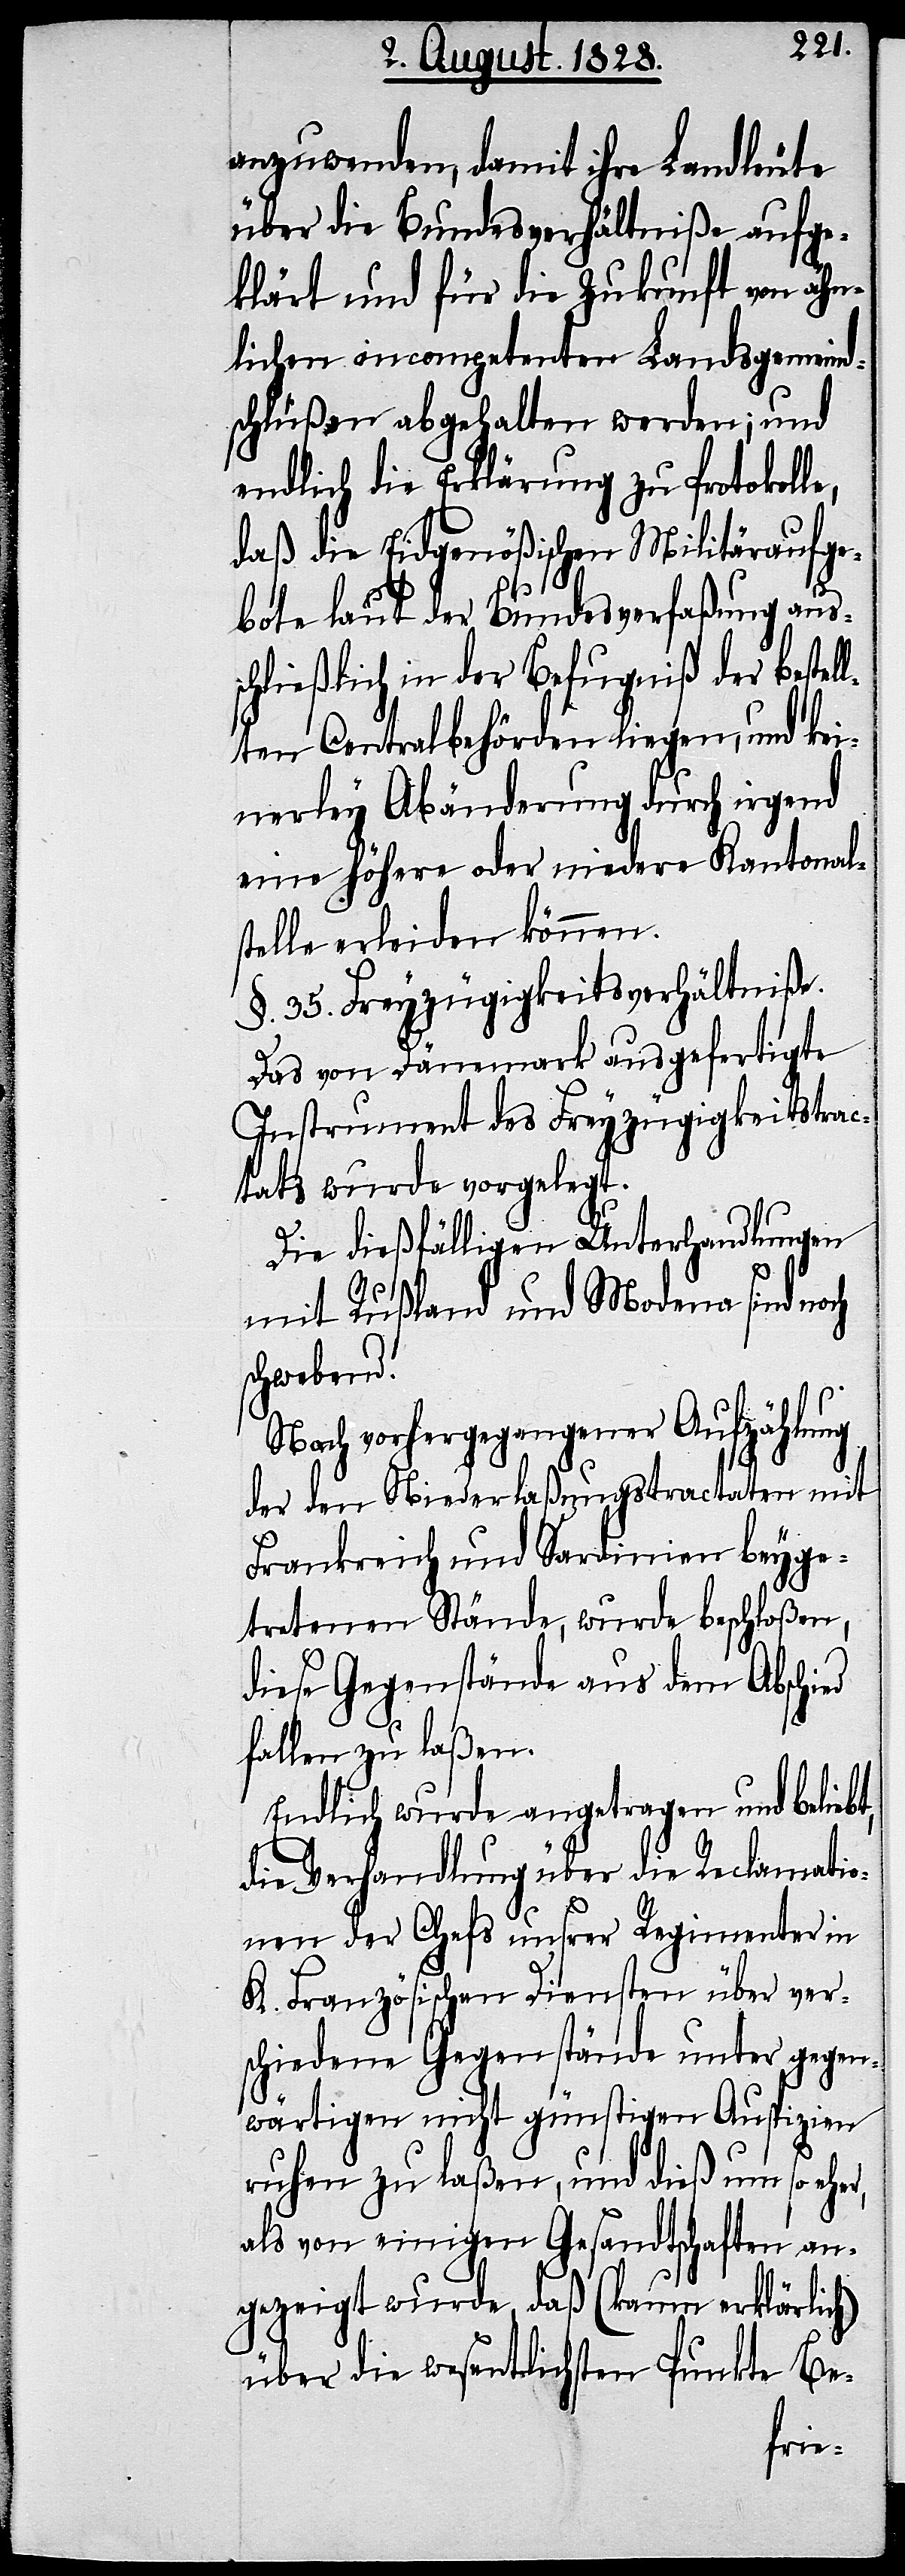
anzuwenden, damit ihre Landleute
über die Bundesverhältniße aufge¬
klärt und für die Zukunft von ähn¬
lichen incompetenten Landsgemeind¬
schlüßen abgehalten werden; und
endlich die Erklärung zu Protokolle,
daß die Eidgenößischen Militäraufge¬
bote laut der Bundesverfaßung aus¬
schließlich in der Befugniß der bestel¬
lten Centralbehörden liegen, und kei¬
nerley Abänderung durch irgend
eine höhere oder niedere Kantonal¬
stelle erleiden können.
§. 35. Freyzügigkeitsverhältniße.
Das von Dänemark ausgefertigte
Instrument des Freyzügigkeitstrac¬
tats wurde vorgelegt.
Die dießfälligen Unterhandlungen
mit Rußland und Modena sind noch
schwebend.
Nach vorhergegangener Aufzählung
der den Niederlaßungstractaten mit
Frankreich und Sardinien beyge¬
tretenen Stände, wurde beschloßen,
diese Gegenstände aus dem Abschied
fallen zu laßen.
Endlich wurde angetragen und beliebt,
die Verhandlung über die Reclamatio¬
nen der Chefs unsrer Regimenter in
K. Französischen Diensten über ver¬
schiedene Gegenstände unter gegen¬
wärtigen nicht günstigen Auspizien
ruhen zu laßen, und dieß um so eher,
als von einigen Gesandtschaften an¬
gezeigt wurde, daß (kaum erklärlich)
über die wesentlichsten Punkte Be-